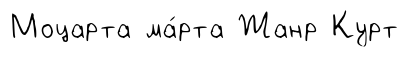
Моцарта ма́рта Жанр Курт